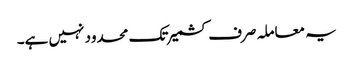
یہ معاملہ صرف کشمیر تک محدود نہیں ہے۔